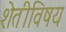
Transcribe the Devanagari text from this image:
शेतीविषय